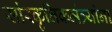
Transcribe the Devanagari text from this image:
सांस्कृतिकमंत्र्यांना